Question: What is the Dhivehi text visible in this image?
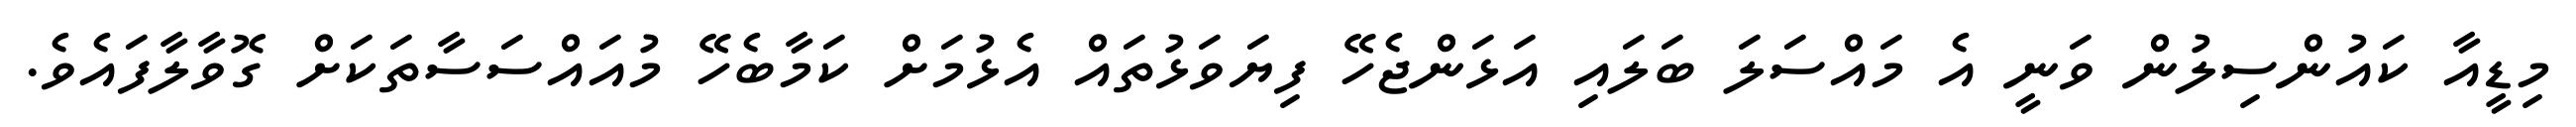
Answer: މިޑީއާ ކައުންސިލުން ވަނީ އެ މައްސަލަ ބަލައި އަޅަންޖެހޭ ފިޔަވަޅުތައް އެޅުމަށް ކަމާބެހޭ މުއައްސަސާތަކަށް ގޮވާލާފައެވެ.